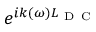
e ^ { i k ( \omega ) L _ { \mathrm { ~ D ~ C ~ } } }